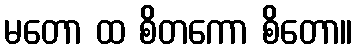
မတော ထ စိတကော စိတော။